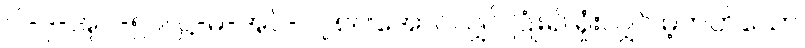
ပါ-ဒု-အုပ်-၅၉၊ ဋ္ဌ-မ-အုပ်-၂၇၈။ ။အောင်လျှင် ပြုံး၍ ရှုံးလျှင် မဲ့တတ်သော